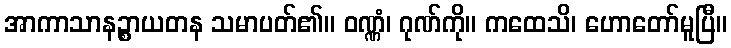
အာကာသာနဉ္စာယတန သမာပတ်၏။ ဝဏ္ဏံ၊ ဂုဏ်ကို။ ကထေသိ၊ ဟောတော်မူပြီ။